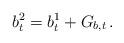
LaTeX: \begin{align*}b^{2}_{t} = b^{1}_{t} + G_{b,t}\,.\end{align*}